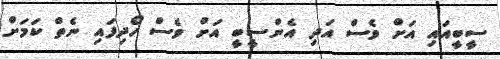
ސީބީއައި އަށް ވެސް އަދި އެންސީބީ އަށް ވެސް ހޯދިފައި ނެތް ކަމަށް